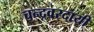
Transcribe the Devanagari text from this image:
चन्द्रवरदायी